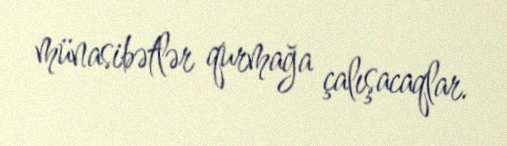
münasibətlər qurmağa çalışacaqlar.